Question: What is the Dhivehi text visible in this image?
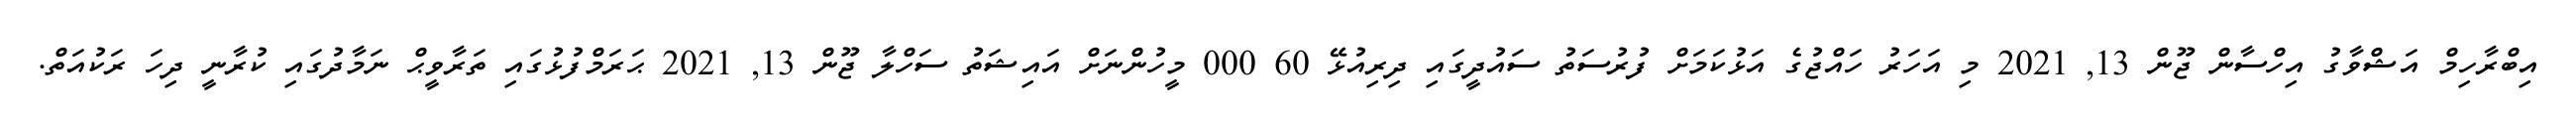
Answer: އިބްރާހިމް އަޝްވާގު އިހްސާން ޖޫން 13, 2021 މި އަހަރު ހައްޖުގެ އަޅުކަމަށް ފުރުސަތު ސައުދީގައި ދިރިއުޅޭ 60 000 މީހުންނަށް އައިޝަތު ސަހްލާ ޖޫން 13, 2021 ޙަރަމްފުޅުގައި ތަރާވީޙް ނަމާދުގައި ކުރާނީ ދިހަ ރަކުއަތް.